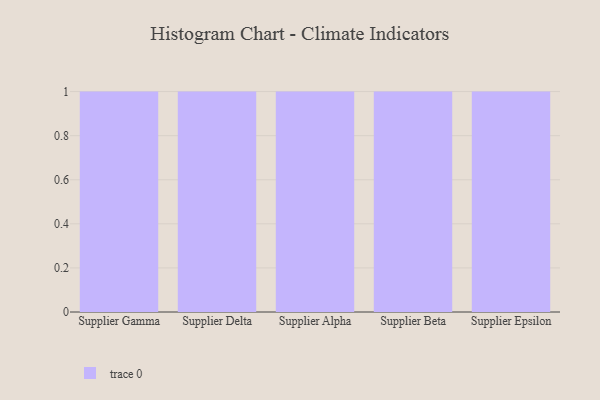
{"axis": {"x": "Supplier", "y": "Humidity (%)"}, "legend": [""], "data": [{"x": "Supplier Gamma", "y": 54, "type": ""}, {"x": "Supplier Delta", "y": 24, "type": ""}, {"x": "Supplier Alpha", "y": 23, "type": ""}, {"x": "Supplier Beta", "y": 43, "type": ""}, {"x": "Supplier Epsilon", "y": 30, "type": ""}]}